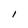
Character: I